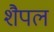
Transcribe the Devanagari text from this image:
शैपल